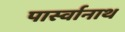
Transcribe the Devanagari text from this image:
पार्स्‍वानाथ